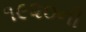
૧૯૨૦ની